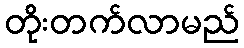
တိုးတက်လာမည်